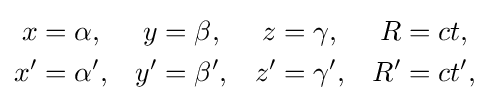
{\begin{aligned}x&=\alpha ,&y&=\beta ,&z&=\gamma ,&R&=ct,\\x'&=\alpha ',&y'&=\beta ',&z'&=\gamma ',&R'&=ct',\end{aligned}}